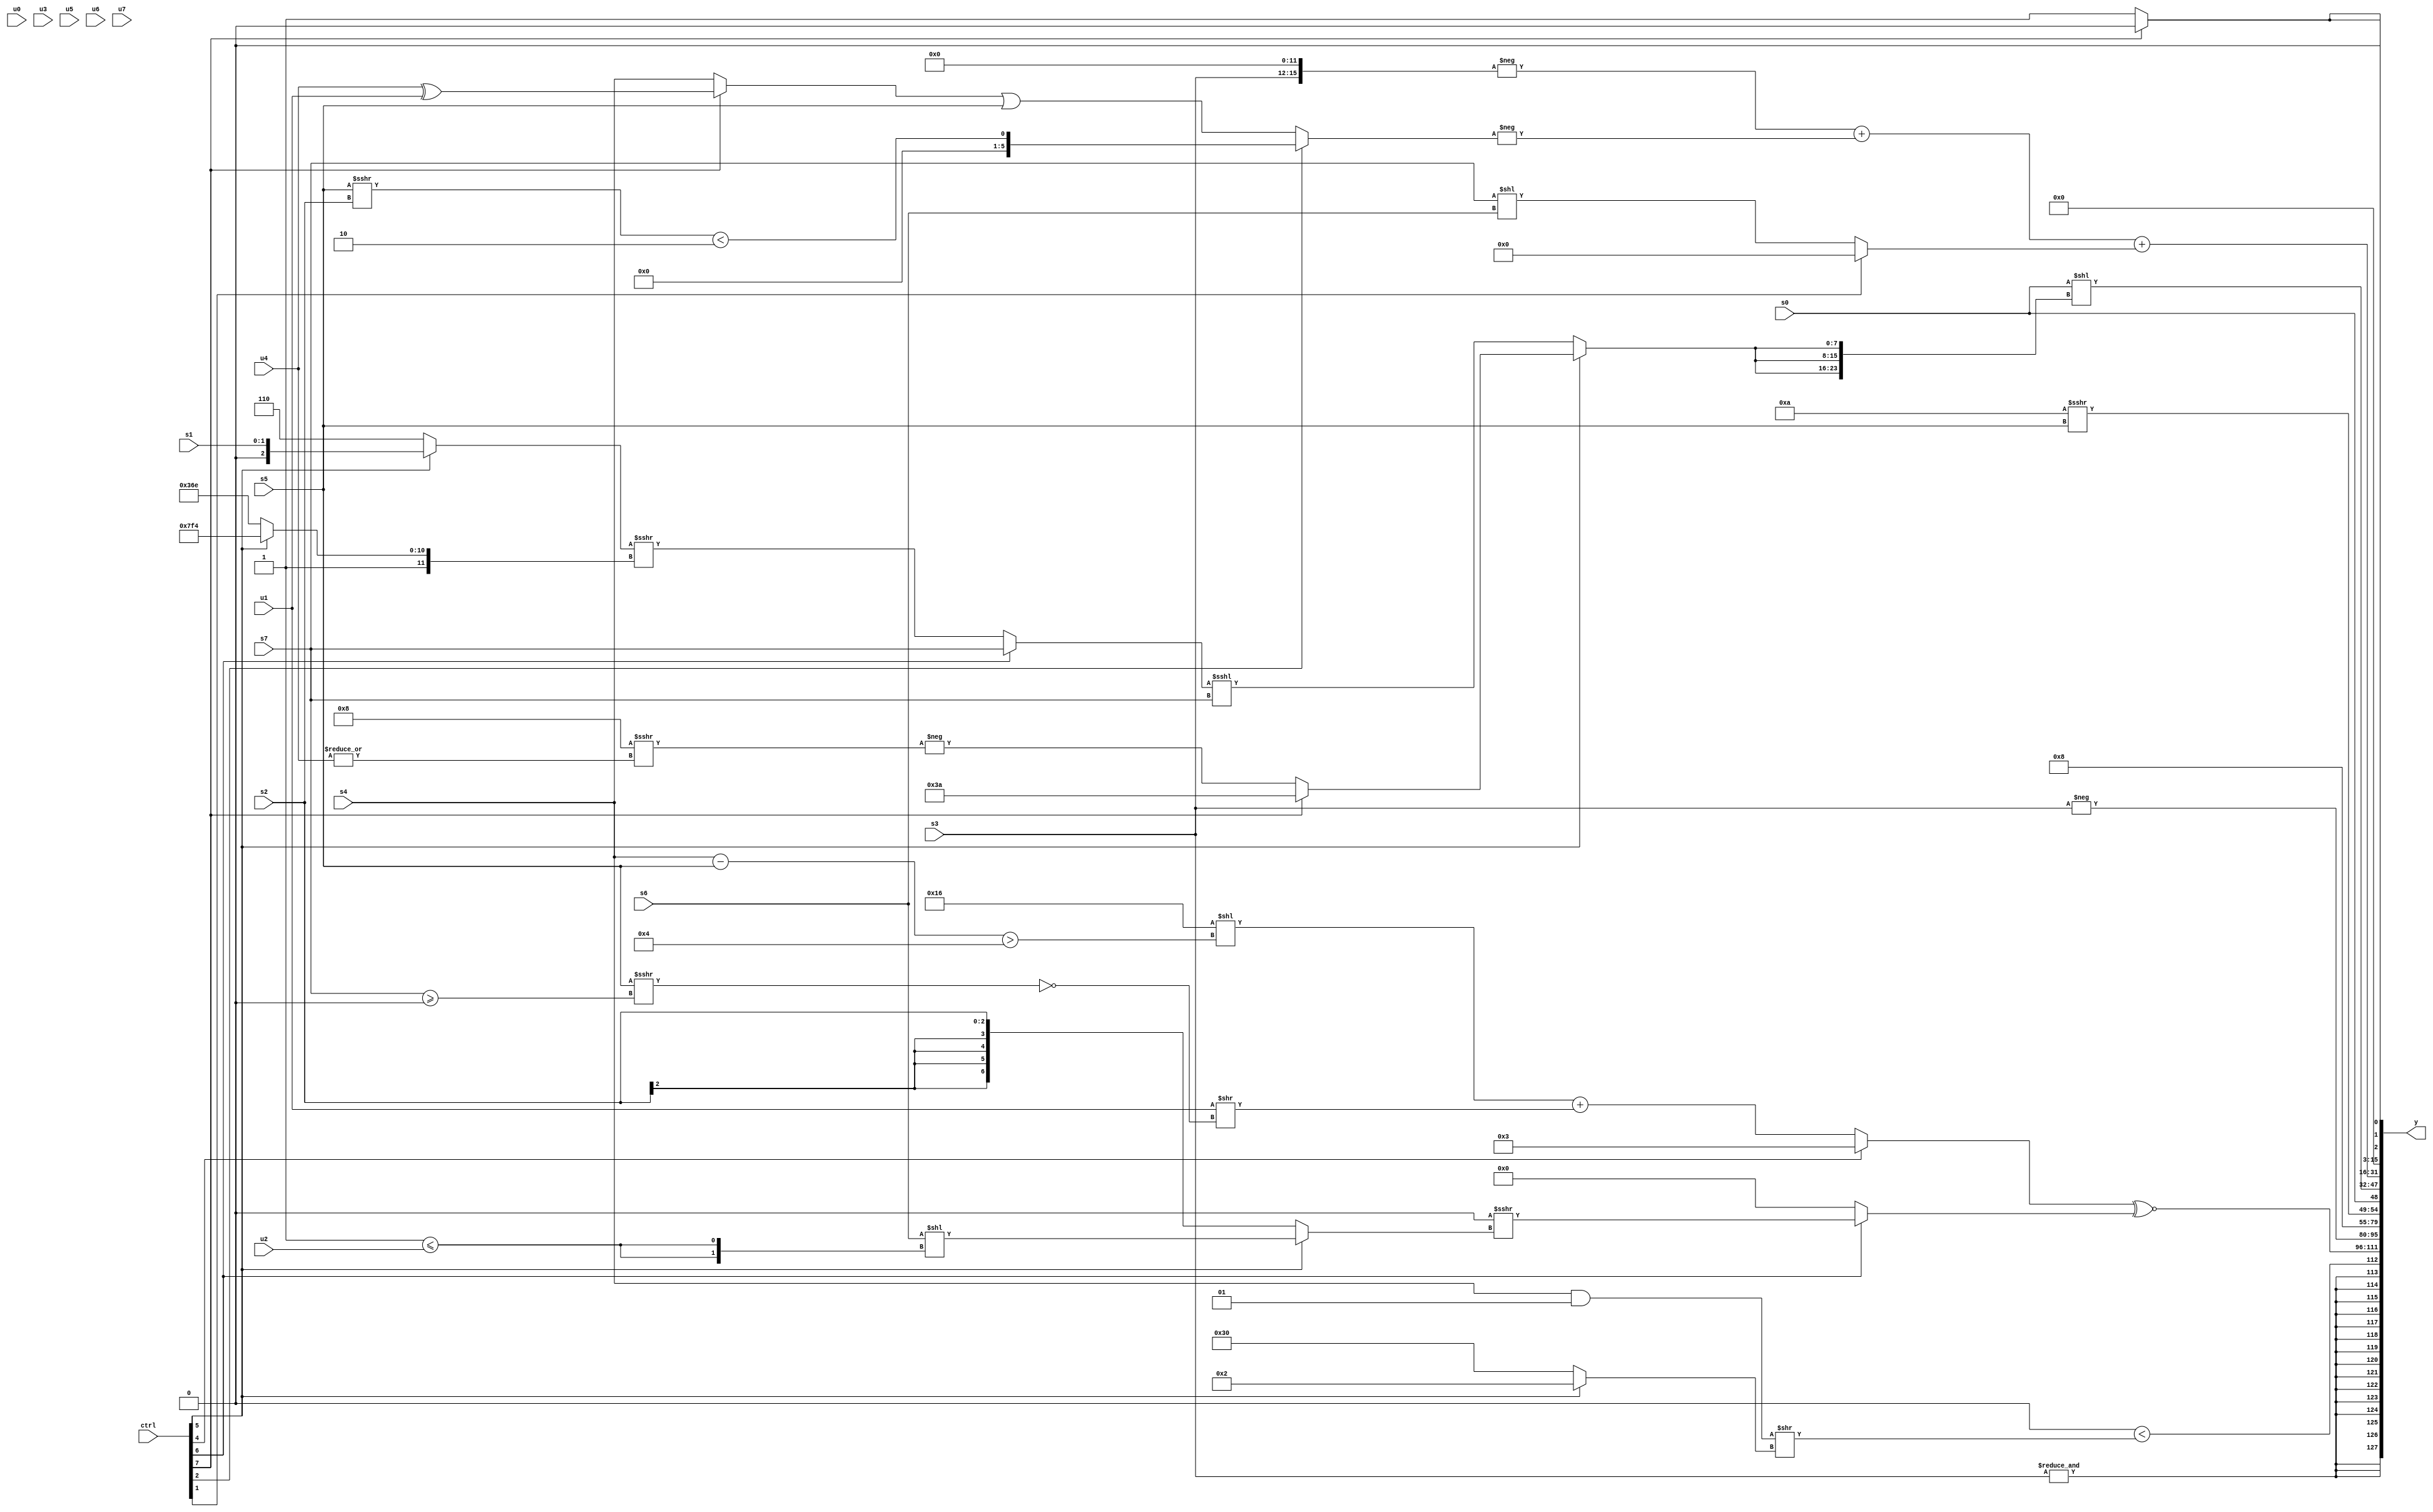
module wideexpr_00207(ctrl, u0, u1, u2, u3, u4, u5, u6, u7, s0, s1, s2, s3, s4, s5, s6, s7, y);
  input [7:0] ctrl;
  input [0:0] u0;
  input [1:0] u1;
  input [2:0] u2;
  input [3:0] u3;
  input [4:0] u4;
  input [5:0] u5;
  input [6:0] u6;
  input [7:0] u7;
  input signed [0:0] s0;
  input signed [1:0] s1;
  input signed [2:0] s2;
  input signed [3:0] s3;
  input signed [4:0] s4;
  input signed [5:0] s5;
  input signed [6:0] s6;
  input signed [7:0] s7;
  output [127:0] y;
  wire [15:0] y0;
  wire [15:0] y1;
  wire [15:0] y2;
  wire [15:0] y3;
  wire [15:0] y4;
  wire [15:0] y5;
  wire [15:0] y6;
  wire [15:0] y7;
  assign y = {y0,y1,y2,y3,y4,y5,y6,y7};
  assign y0 = $signed({$signed(&(s3)),(($unsigned(($signed(4'sb0100))<<(3'sb110)))>>>(5'sb01100))<(($signed(((s4)>>(4'sb0000))&(2'sb01)))>>(+((ctrl[5]?$signed(5'sb00010):{3'b110,3'sb000}))))});
  assign y1 = ((ctrl[4]?2'sb11:((5'sb10110)<<($unsigned(((s4)-(s5))>($signed(6'b000100)))))+((+($unsigned({u1})))>>(!((s5)>>>((s7)>=(2'sb00)))))))^~((ctrl[6]?((($signed($signed(3'b101)))<<(~&(4'sb1010)))>>($signed($unsigned((3'sb100)>>>(4'b0001)))))>>>((ctrl[5]?(s6)<<({2{(2'sb01)<=(u2)}}):+(s2))):(((((3'sb000)<<(3'sb001))>>((ctrl[5]?1'b0:s4)))^~(2'sb00))^~(s4))<<($signed({3{4'b1111}}))));
  assign y2 = -(s3);
  assign y3 = 1'sb0;
  assign y4 = {~&(($signed(|((ctrl[7]?~(3'b001):($signed(u3))<(s3)))))<((ctrl[6]?{(5'sb00111)&(4'sb0010),6'sb011111}:|((((2'sb11)>=(1'sb0))^((5'sb00110)!=(s7)))^~(u4))))),{2{$signed($signed(6'sb001000))}},$signed(((+(3'sb100))^(6'sb110110))>>>(s5)),s0};
  assign y5 = (s0)<<({3{(ctrl[5]?(ctrl[7]?6'sb111010:-((4'b1000)>>>(|($signed(u4))))):((ctrl[6]?s7:(+((ctrl[5]?s1:+(4'sb0110))))>>>((ctrl[5]?-(5'sb01100):-({2{6'b010010}})))))<<<(s7))}});
  assign y6 = ((-(($signed(s3))<<<(4'b1100)))+((-((ctrl[2]?(&(6'sb001110))^(((s5)>>>(s2))<($signed(3'b110))):((ctrl[7]?(u4)^(u1):s4))|($signed(+(s5))))))<<<(1'b0)))+((ctrl[1]?+(3'sb000):$signed($signed((s7)<<(s6)))));
  assign y7 = {2{(ctrl[7]?1'sb0:{1{+(2'sb01)}})}};
endmodule